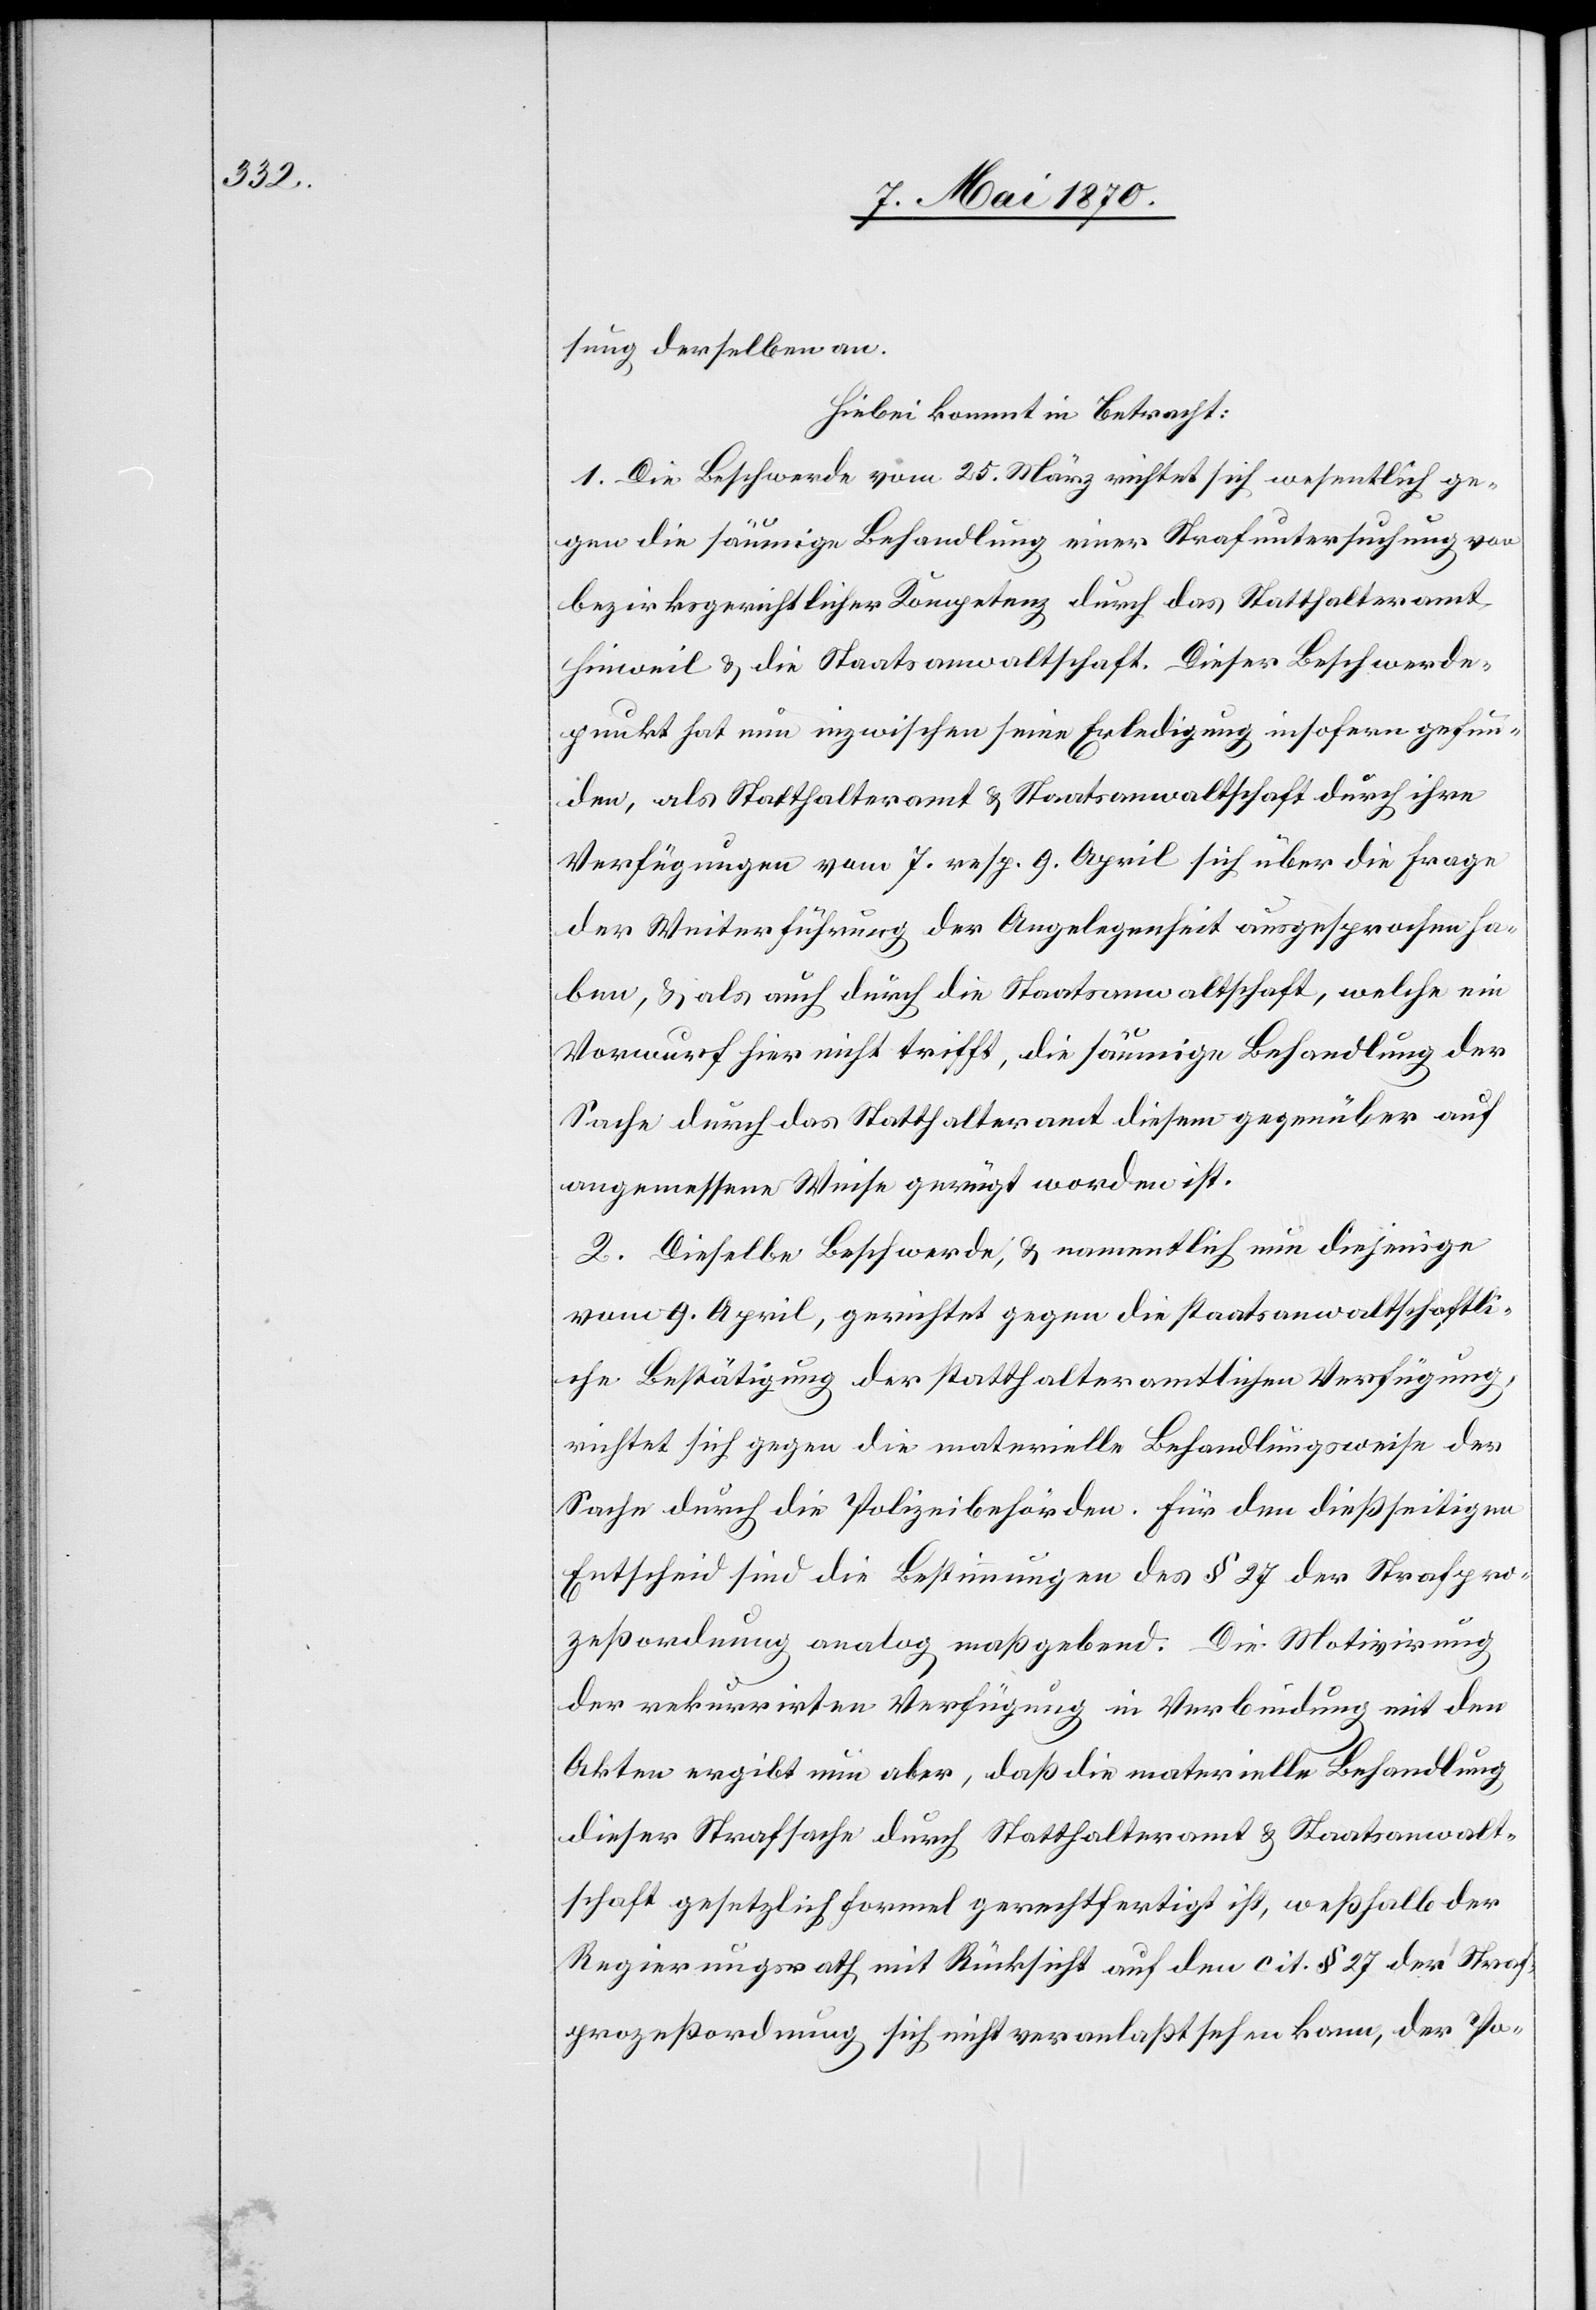
sung derselben an.
Hiebei kommt in Betracht:
1. Die Beschwerde vom 25. März richtet sich wesentlich ge¬
gen die säumige Behandlung einer Strafuntersuchung von
bezirksgerichtlicher Kompetenz durch das Statthalteramt
Hinweil & die Staatsanwaltschaft. Dieser Beschwerde¬
punkt hat nun inzwischen seine Erledigung insofern gefun¬
den, als Statthalteramt & Staatsanwaltschaft durch ihre
Verfügungen vom 7. resp. 9. April sich über die Frage
der Weiterführung der Angelegenheit ausgesprochen ha¬
ben, & als auch durch die Staatsanwaltschaft, welche ein
Vorwurf hier nicht trifft, die säumige Behandlung der
Sache durch das Statthalteramt diesem gegenüber auf
angemessene Weise gerügt worden ist.
2. Dieselbe Beschwerde, & namentlich nun diejenige
vom 9. April, gerichtet gegen die staatsanwaltschaftli¬
che Bestätigung der statthalteramtlichen Verfügung,
richtet sich gegen die materielle Behandlungsweise der
Sache durch die Polizeibehörden. Für den dießseitigen
Entscheid sind die Bestimmung des § 27 der Strafpro¬
zeßordnung analog maßgebend. Die Motivirung
der rekurrirten Verfügung in Verbindung mit den
Akten ergibt nun aber, daß die materielle Behandlung
dieser Strafsache durch Statthalteramt & Staatsanwalt¬
schaft gesetzlich formell gerechtfertigt ist, weßhalb der
Regierungsrath mit Rücksicht auf den cit. § 27 der Stra¬
fprozeßordnung sich nicht veranlaßt sehen kann, der Po-